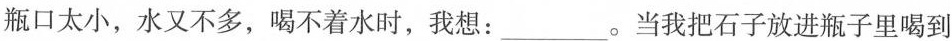
瓶口太小，水又不多，喝不着水时，我想:___当我把石子放进瓶子里喝到